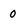
Character: 0